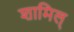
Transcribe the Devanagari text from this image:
शामिल्